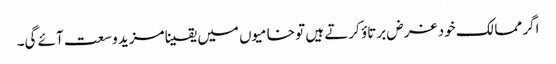
اگر ممالک خود غرض برتاؤ کرتے ہیں تو خامیوں میں یقینا مزید وسعت آئے گی۔